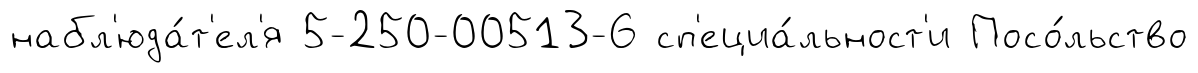
набл'юда́т'ел'я 5-250-00513-6 сп'ециа́льност'и Посо́льство